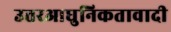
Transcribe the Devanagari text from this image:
उत्तरआधुनिकतावादी